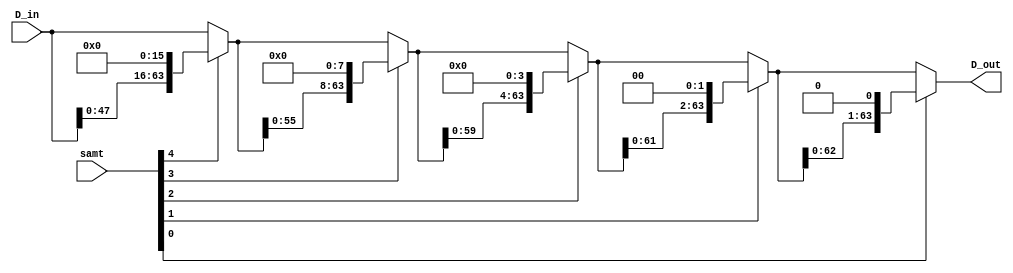
`timescale 1ns / 1ps
//////////////////////////////////////////////////////////////////////////////////
// Company: 
// Engineer: 
// 
// Design Name: 
// Module Name:    barrel_shift_left 
// Project Name: 
// Target Devices: 
// Tool versions: 
// Description: 
//
// Dependencies: 
//
// Revision: 
// Revision 0.01 - File Created
// Additional Comments: 
//
//////////////////////////////////////////////////////////////////////////////////
module barrel_shift_left(D_in, samt, D_out);

input [63:0] D_in;
input [4:0] samt;
wire [63:0] b_stage_3, b_stage_2, b_stage_1, b_stage_0;
output wire [63:0] D_out;

assign b_stage_3 = samt[4] ? {D_in[47:0],      16'b0} : D_in;
assign b_stage_2 = samt[3] ? {b_stage_3[55:0], 8'b0}  : b_stage_3;
assign b_stage_1 = samt[2] ? {b_stage_2[59:0], 4'b0}  : b_stage_2;
assign b_stage_0 = samt[1] ? {b_stage_1[61:0], 2'b0}  : b_stage_1;
assign D_out     = samt[0] ? {b_stage_0[62:0], 1'b0}  : b_stage_0; 

endmodule